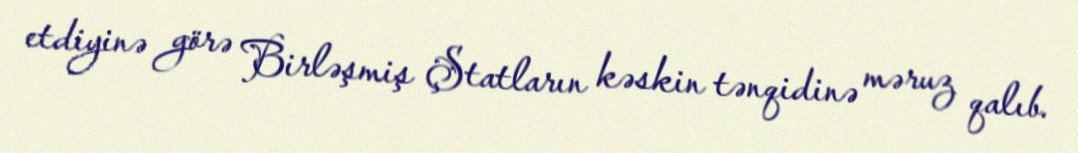
etdiyinə görə Birləşmiş Ştatların kəskin tənqidinə məruz qalıb.